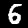
Label: 6